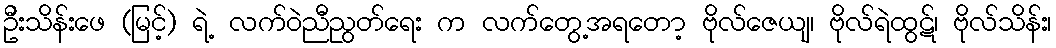
ဦးသိန်းဖေ (မြင့်) ရဲ့ လက်ဝဲညီညွတ်ရေး က လက်တွေ့အရတော့ ဗိုလ်ဇေယျ၊ ဗိုလ်ရဲထွဋ်၊ ဗိုလ်သိန်း၊